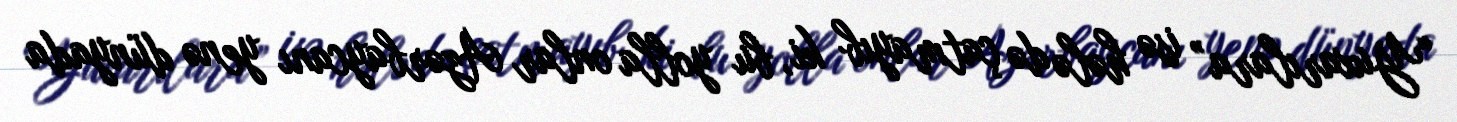
“Yuxarılara” isə hələ də çatmayıb ki, bu yolla onlar Azərbaycanı yenə dünyada